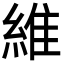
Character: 維